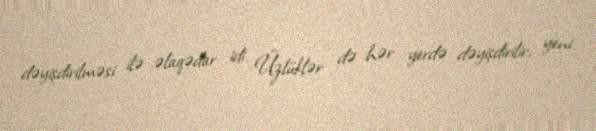
dəyişdirilməsi ilə əlaqədar idi. Üzlüklər də hər yerdə dəyişdirilir, yeni